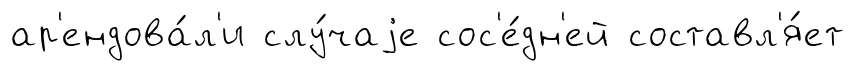
ар'ендова́л'и слу́чаjе сос'е́дн'ей составл'я́ет